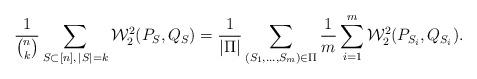
LaTeX: \begin{align*}\frac{1}{\binom{n}{k}}\sum_{S \subset [n], \, |S|=k} \mathcal{W}_2^2(P_{S},Q_{S}) = \frac{1}{|\Pi|}\sum_{(S_1,\ldots,S_m) \in \Pi}\frac{1}{m}\sum_{i=1}^m \mathcal{W}_2^2(P_{S_i},Q_{S_i}).\end{align*}